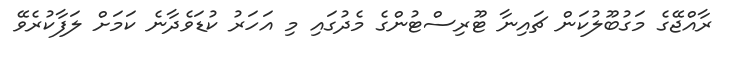
ރާއްޖޭގެ މަގުބޫލުކަން ޗައިނާ ޓޫރިސްޓުންގެ މެދުގައި މި އަހަރު ކުޑަވެދާނެ ކަމަށް ލަފާކުރެވޭ